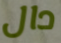
دال